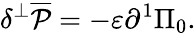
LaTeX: \delta^{\bot}\overline{{{\cal P}}}=-\varepsilon{\partial^{1}}\Pi_{0}.